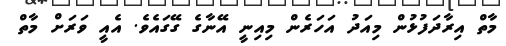
މާތް އިރާދަފުޅުން މިއަދު އަހަރެން މިއިނީ އޭނާގެ ގޭގައެވެ. އެއީ ވަރަށް މާތް